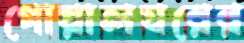
গোয়ালঘরের